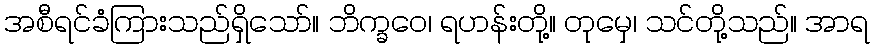
အစီရင်ခံကြားသည်ရှိသော်။ ဘိက္ခဝေ၊ ရဟန်းတို့။ တုမှေ၊ သင်တို့သည်။ အာရ